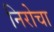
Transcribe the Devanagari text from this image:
निरोचा